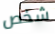
شخص